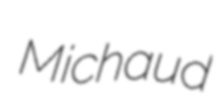
Michaud